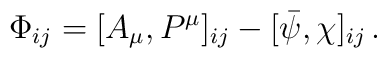
\Phi_{ij} =[A_{\mu },P^{\mu }]_{ij}-[\bar{\psi },\chi ]_{ij}\,.